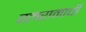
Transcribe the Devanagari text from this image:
बलरामाची